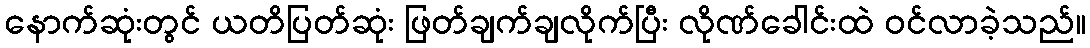
နောက်ဆုံးတွင် ယတိပြတ်ဆုံး ဖြတ်ချက်ချလိုက်ပြီး လိုဏ်ခေါင်းထဲ ဝင်လာခဲ့သည်။